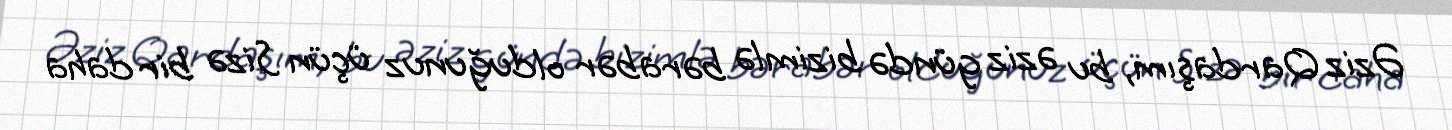
Əziz Qardaşım, bu əziz gündə bizimlə bərabər olduğunuz üçün Sizə bir daha